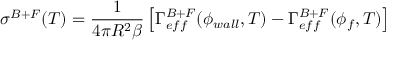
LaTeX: \sigma ^ { B + F } ( T ) = \frac { 1 } { 4 \pi R ^ { 2 } \beta } \left[ \Gamma _ { e f f } ^ { B + F } ( \phi _ { w a l l } , T ) - \Gamma _ { e f f } ^ { B + F } ( \phi _ { f } , T ) \right]